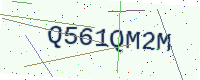
Text: Q561QM2M